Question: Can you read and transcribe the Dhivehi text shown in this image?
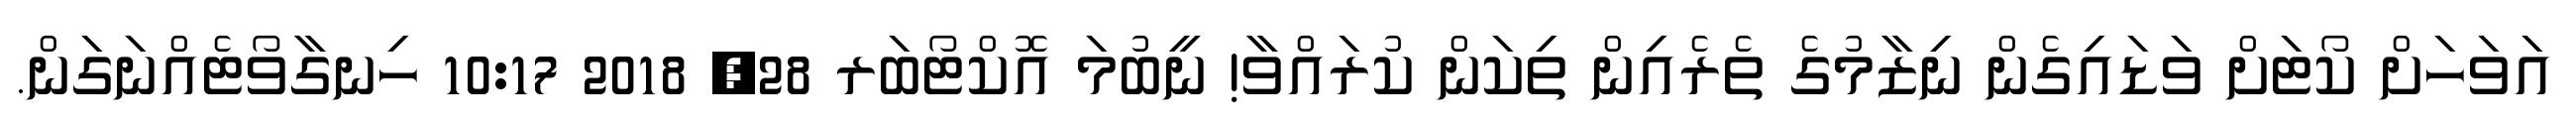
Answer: އަވަހަށް ކޯޓަށް ވަޑައިގެން ނިޒާމުގެ ތެރެއިން ތިކަން ކުރައްވާ! ނީބުމަ އޮކްޓޯބަރ 28, 2018 10:17 ހިނގާވޯޓެއްނަގަން.